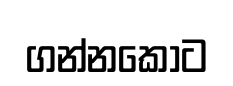
ගන්නකොට